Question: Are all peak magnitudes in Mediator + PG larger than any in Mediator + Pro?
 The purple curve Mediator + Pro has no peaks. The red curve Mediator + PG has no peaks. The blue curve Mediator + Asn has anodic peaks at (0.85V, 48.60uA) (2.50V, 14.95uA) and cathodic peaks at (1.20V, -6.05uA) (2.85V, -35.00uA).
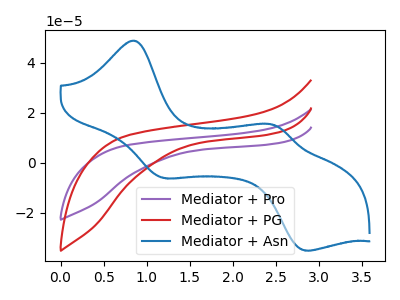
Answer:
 <answer>Niether CV has any peaks.</answer>
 <eval>blanks</eval>